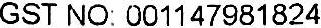
GST NO: 001147981824